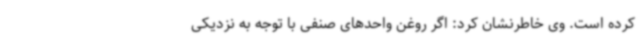
کرده است. وی خاطرنشان کرد: اگر روغن واحدهای صنفی با توجه به نزدیکی